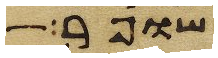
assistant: שופר